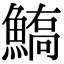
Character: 𩺙